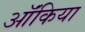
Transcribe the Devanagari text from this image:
ऑंकिया